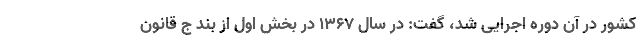
کشور در آن دوره اجرایی شد، گفت: در سال ۱۳۶۷ در بخش اول از بند ج قانون